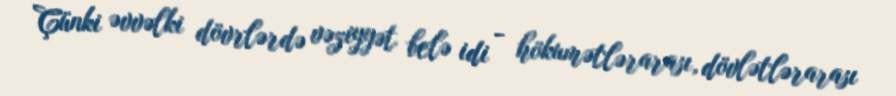
Çünki əvvəlki dövrlərdə vəziyyət belə idi - hökumətlərarası, dövlətlərarası